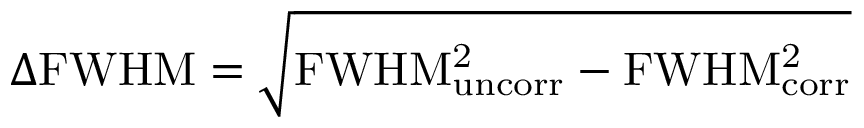
\Delta \mathrm { F W H M } = \sqrt { \mathrm { F W H M _ { u n c o r r } ^ { 2 } - F W H M _ { c o r r } ^ { 2 } } }